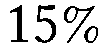
15%